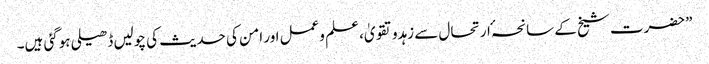
”حضرت شیخ کے سانحہٴ ارتحال سے زہدوتقویٰ، علم وعمل اور امن کی حدیث کی چولیں ڈھیلی ہوگئی ہیں۔